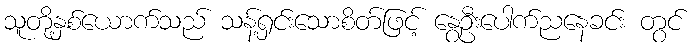
သူတို့နှစ်ယောက်သည် သန့်ရှင်းသောစိတ်ဖြင့် နွေဦးပေါက်ညနေခင်း တွင်